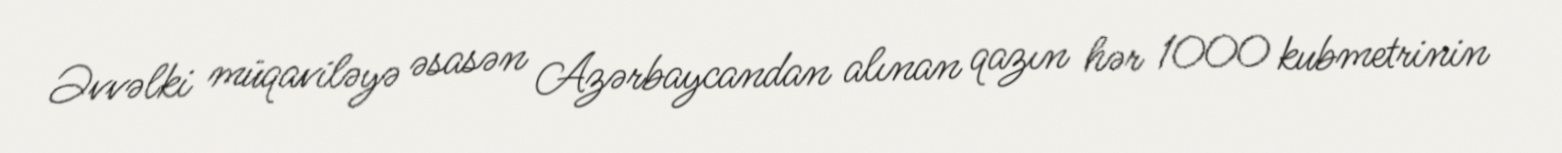
Əvvəlki müqaviləyə əsasən Azərbaycandan alınan qazın hər 1000 kubmetrinin